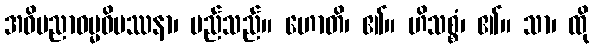
အဓိပညာဓမ္မဝိပဿနာ၊ မည်သည်။ ဟောတိ၊ ၏။ ဟိသစ္စံ၊ ၏။ သာ၊ ထို